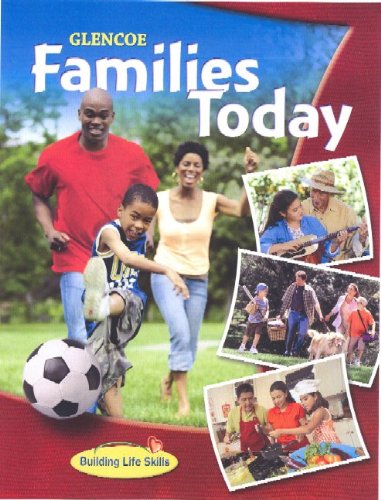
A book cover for Families Today, Student Edition; McGraw-Hill Education; Teen & Young Adult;